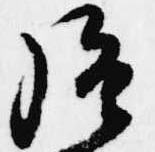
強